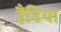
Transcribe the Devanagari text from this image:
हैडिया